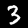
Label: 3